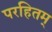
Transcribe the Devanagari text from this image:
परहितम्